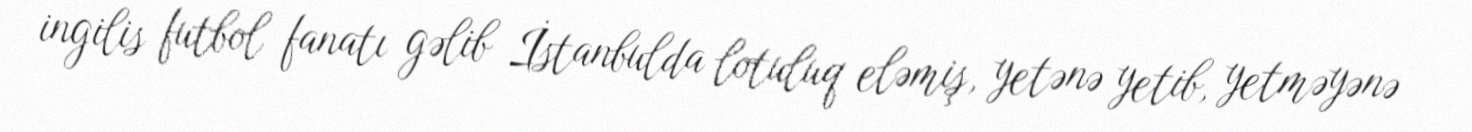
ingilis futbol fanatı gəlib İstanbulda lotuluq eləmiş, yetənə yetib, yetməyənə